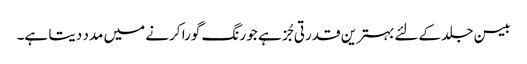
بیسن جلد کےلئے بہترین قدرتی جُز ہے جو رنگ گورا کرنے میں مدد دیتا ہے۔